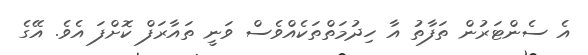
އެ ސެންޓަރުން ތަފާތު އާ ހިދުމަތްތަކެއްވެސް ވަނީ ތައާރަފް ކޮށްފަ އެވެ. އޭގެ